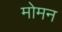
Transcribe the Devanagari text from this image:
मोमन